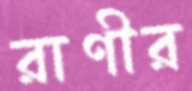
রাণীর